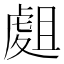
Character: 𧇈